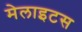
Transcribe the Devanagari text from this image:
मेलाइटस